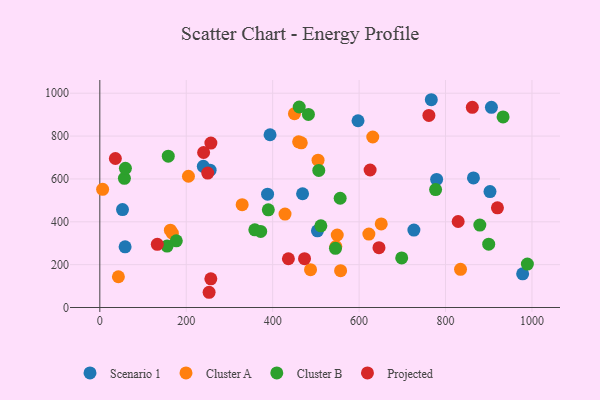
{"axis": {"x": "Ad Spend", "y": "Exam Score"}, "legend": ["Cluster A", "Cluster B", "Projected", "Scenario 1"], "data": [{"x": "767.1", "y": 969.7, "type": "Scenario 1"}, {"x": "58.5", "y": 283.1, "type": "Scenario 1"}, {"x": "503.6", "y": 357.8, "type": "Scenario 1"}, {"x": "906.2", "y": 934.2, "type": "Scenario 1"}, {"x": "597.5", "y": 871.6, "type": "Scenario 1"}, {"x": "255.2", "y": 640.8, "type": "Scenario 1"}, {"x": "469.2", "y": 530.9, "type": "Scenario 1"}, {"x": "239.5", "y": 659.0, "type": "Scenario 1"}, {"x": "393.9", "y": 806.2, "type": "Scenario 1"}, {"x": "52.5", "y": 457.1, "type": "Scenario 1"}, {"x": "388.2", "y": 528.8, "type": "Scenario 1"}, {"x": "864.6", "y": 604.6, "type": "Scenario 1"}, {"x": "902.9", "y": 541.0, "type": "Scenario 1"}, {"x": "779.4", "y": 597.8, "type": "Scenario 1"}, {"x": "978.5", "y": 157.3, "type": "Scenario 1"}, {"x": "726.8", "y": 361.2, "type": "Scenario 1"}, {"x": "428.6", "y": 436.0, "type": "Cluster A"}, {"x": "205.1", "y": 612.6, "type": "Cluster A"}, {"x": "167.8", "y": 347.0, "type": "Cluster A"}, {"x": "651.2", "y": 390.2, "type": "Cluster A"}, {"x": "487.6", "y": 176.5, "type": "Cluster A"}, {"x": "557.2", "y": 172.1, "type": "Cluster A"}, {"x": "834.7", "y": 178.3, "type": "Cluster A"}, {"x": "631.6", "y": 795.8, "type": "Cluster A"}, {"x": "546.2", "y": 284.6, "type": "Cluster A"}, {"x": "622.6", "y": 342.6, "type": "Cluster A"}, {"x": "505.0", "y": 687.4, "type": "Cluster A"}, {"x": "6.5", "y": 551.7, "type": "Cluster A"}, {"x": "460.1", "y": 773.4, "type": "Cluster A"}, {"x": "466.2", "y": 768.4, "type": "Cluster A"}, {"x": "329.4", "y": 479.8, "type": "Cluster A"}, {"x": "43.0", "y": 143.5, "type": "Cluster A"}, {"x": "450.4", "y": 904.6, "type": "Cluster A"}, {"x": "163.3", "y": 360.8, "type": "Cluster A"}, {"x": "549.4", "y": 338.4, "type": "Cluster A"}, {"x": "511.5", "y": 381.1, "type": "Cluster B"}, {"x": "879.4", "y": 384.5, "type": "Cluster B"}, {"x": "556.2", "y": 510.0, "type": "Cluster B"}, {"x": "506.7", "y": 639.9, "type": "Cluster B"}, {"x": "56.9", "y": 602.9, "type": "Cluster B"}, {"x": "177.0", "y": 311.4, "type": "Cluster B"}, {"x": "933.2", "y": 889.2, "type": "Cluster B"}, {"x": "358.7", "y": 362.5, "type": "Cluster B"}, {"x": "899.9", "y": 295.5, "type": "Cluster B"}, {"x": "389.9", "y": 455.9, "type": "Cluster B"}, {"x": "545.3", "y": 276.3, "type": "Cluster B"}, {"x": "777.0", "y": 550.4, "type": "Cluster B"}, {"x": "158.4", "y": 706.1, "type": "Cluster B"}, {"x": "155.7", "y": 286.9, "type": "Cluster B"}, {"x": "482.7", "y": 901.1, "type": "Cluster B"}, {"x": "59.2", "y": 649.5, "type": "Cluster B"}, {"x": "698.6", "y": 231.5, "type": "Cluster B"}, {"x": "989.4", "y": 202.9, "type": "Cluster B"}, {"x": "461.4", "y": 935.8, "type": "Cluster B"}, {"x": "372.3", "y": 355.1, "type": "Cluster B"}, {"x": "257.0", "y": 767.5, "type": "Projected"}, {"x": "473.7", "y": 227.9, "type": "Projected"}, {"x": "252.9", "y": 71.1, "type": "Projected"}, {"x": "249.7", "y": 627.6, "type": "Projected"}, {"x": "436.4", "y": 227.6, "type": "Projected"}, {"x": "133.0", "y": 294.8, "type": "Projected"}, {"x": "256.9", "y": 134.1, "type": "Projected"}, {"x": "761.5", "y": 896.2, "type": "Projected"}, {"x": "36.0", "y": 695.4, "type": "Projected"}, {"x": "829.2", "y": 401.5, "type": "Projected"}, {"x": "862.0", "y": 934.4, "type": "Projected"}, {"x": "646.0", "y": 279.4, "type": "Projected"}, {"x": "240.2", "y": 723.5, "type": "Projected"}, {"x": "920.1", "y": 465.2, "type": "Projected"}, {"x": "625.5", "y": 641.7, "type": "Projected"}]}